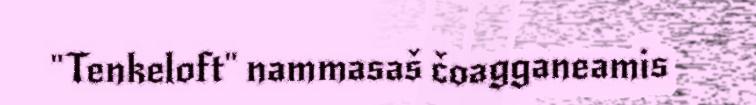
"Tenkeloft" nammasaš čoagganeamis